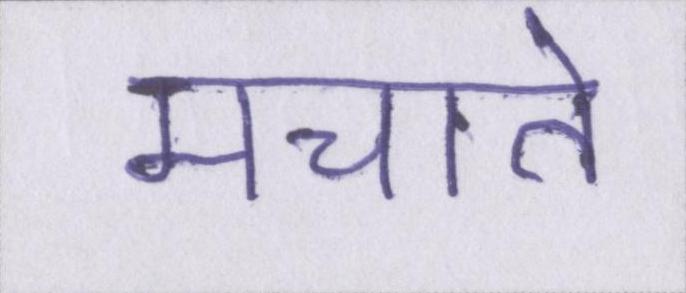
मचाते